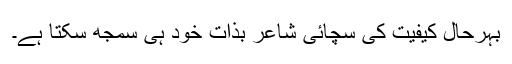
بہرحال کیفیت کی سچائی شاعر بذات خود ہی سمجھ سکتا ہے۔